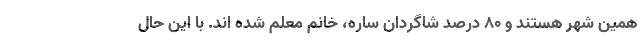
همین شهر هستند و ۸۰ درصد شاگردان ساره، خانم معلم شده اند. با این حال